Sketch of the medical history of the native army of Bombay, for the year
Year: 1875
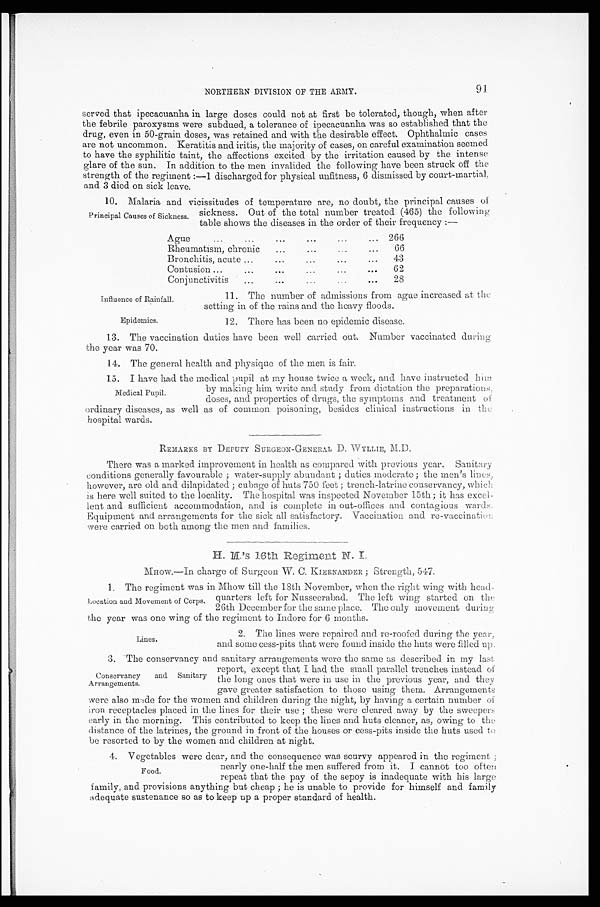
Influence of Rainfall.
Epidemics.
NORTHERN DIVISION OF THE ARMY. 91
served that ipecacuanha in large doses could not at first be tolerated, though, when after
the febrile paroxysms were subdued, a tolerance of ipecacuanha was so established that the
drug, even in 50-grain doses, was retained and with the desirable effect. Ophthalmic cases
are not uncommon. Keratitis and iritis, the majority of cases, on careful examination seemed
to have the syphilitic taint, the affections excited by the irritation caused by the intense
glare of the sun. In addition to the men invalided the following have been struck off the
strength of the regiment:—1 discharged for physical unfitness, 6 dismissed by court-martial,
and 3 died on sick leave.
10. Malaria and vicissitudes of temperature are, no doubt, the principal causes of
sickness. Out of the total number treated (465) the following
table shows the diseases in the order of their frequency:—
Ague
266
Rheumatism, chronic
66
• • •
...
.
Bronchitis, acute
43
Contusion
62
Conjunctivitis
28
Principal Causes of Sickness.
11. The number of admissions from ague increased at the
setting in of the rains and the heavy floods.
12. There has been no epidemic disease.
13. The vaccination duties have been well carried out. Number vaccinated during
the year was 70.
14. The general health and physique of the men is fair.
15. I have had the medical pupil at my house twice a week, and have instructed him
by making him write and study from dictation the preparations,
doses, and properties of drugs, the symptoms and treatment of
ordinary diseases, as well as of common poisoning, besides clinical instructions in the
hospital wards.
REMARKS BY DEPUTY SURGEON-GENERAL D. WYLLIE, M.D.
There was a marked improvement in health as compared with previous year. Sanitary
conditions generally favourable; water-supply abundant; duties moderate; the men's lines,
however, are old and dilapidated; cubage of huts 750 feet; trench-latrine conservancy, which
is here well suited to the locality. The hospital was inspected November 15th; it has excel-
lent and sufficient accommodation, and is complete in out-offices and contagious wards,
Equipment and arrangements for the sick all satisfactory. Vaccination and re-vaccination
were carried on both among the men and families.
H.M.'s 16th Regiment N.I.
MHOW.—In charge of Surgeon W. C. KIERNANDER; Strength, 547.
1. The regiment was in Mhow till the 18th November, when the right wing with head-
quarters left for Nusseerabad. The left wing started on the
26th December for the same place. The only movement during
the year was one wing of the regiment to Indore for 6 months.
2. The lines were repaired and re-roofed during the year,
and some cess-pits that were found inside the huts were filled up.
3. The conservancy and sanitary arrangements were the same as described in my last
report, except that I had the small parallel trenches instead of
the long ones that were in use in the previous year, and they
gave greater satisfaction to those using them. Arrangements
were also made for the women and children during the night, by having a certain number of
iron receptacles placed in the lines for their use; these were cleared away by the sweepers
early in the morning. This contributed to keep the lines and huts cleaner, as, owing to the
distance of the latrines, the ground in front of the houses or cess-pits inside the huts used to
be resorted to by the women and children at night.
Medical Pupil.
Location and Movement of Corps.
Lines.
Conservancy and Sanitary
Arrangements.
4. Vegetables were dear, and the consequence was scurvy appeared in the regiment;
nearly one-half the men suffered from it. I cannot too often
repeat that the pay of the sepoy is inadequate with his large
family, and provisions anything but cheap; he is unable to provide for himself and family
adequate sustenance so as to keep up a proper standard of health.
Food.